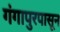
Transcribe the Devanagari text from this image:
गंगापुरपासून